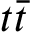
t { \bar { t } }